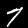
Digit: 7